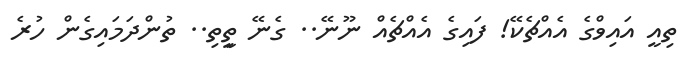
ތިއީ އައިވްގެ އެއްޗެކޭ! ފައިގެ އެއްޗެއް ނޫނޭ.. ގެނޭ ތީިތި.. ތުންދަމައިގެން ހުރެ